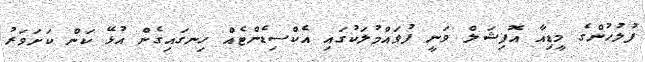
ފުލުހުންގެ މީޑިއާ އޮފިޝަލް ވަނީ ފުވައްމުލަކުގައި އެކްސިޑެންޓެއް ހިނގައިގެން އުޅޭ ކަން ކަށަވަރު